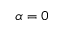
\alpha = 0